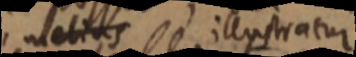
melius illustratur